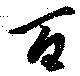
百